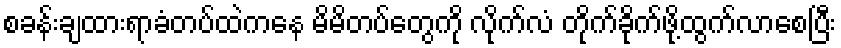
စခန်းချထားရာခံတပ်ထဲကနေ မိမိတပ်တွေကို လိုက်လံ တိုက်ခိုက်ဖို့ထွက်လာစေပြီး